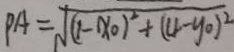
P A = \sqrt { ( 1 - x _ { 0 } ) ^ { 2 } + ( 4 - y 0 ) ^ { 2 } }